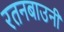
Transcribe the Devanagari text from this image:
रतनबाउनी